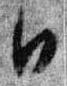
日